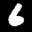
Label: 6